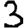
Digit: 3